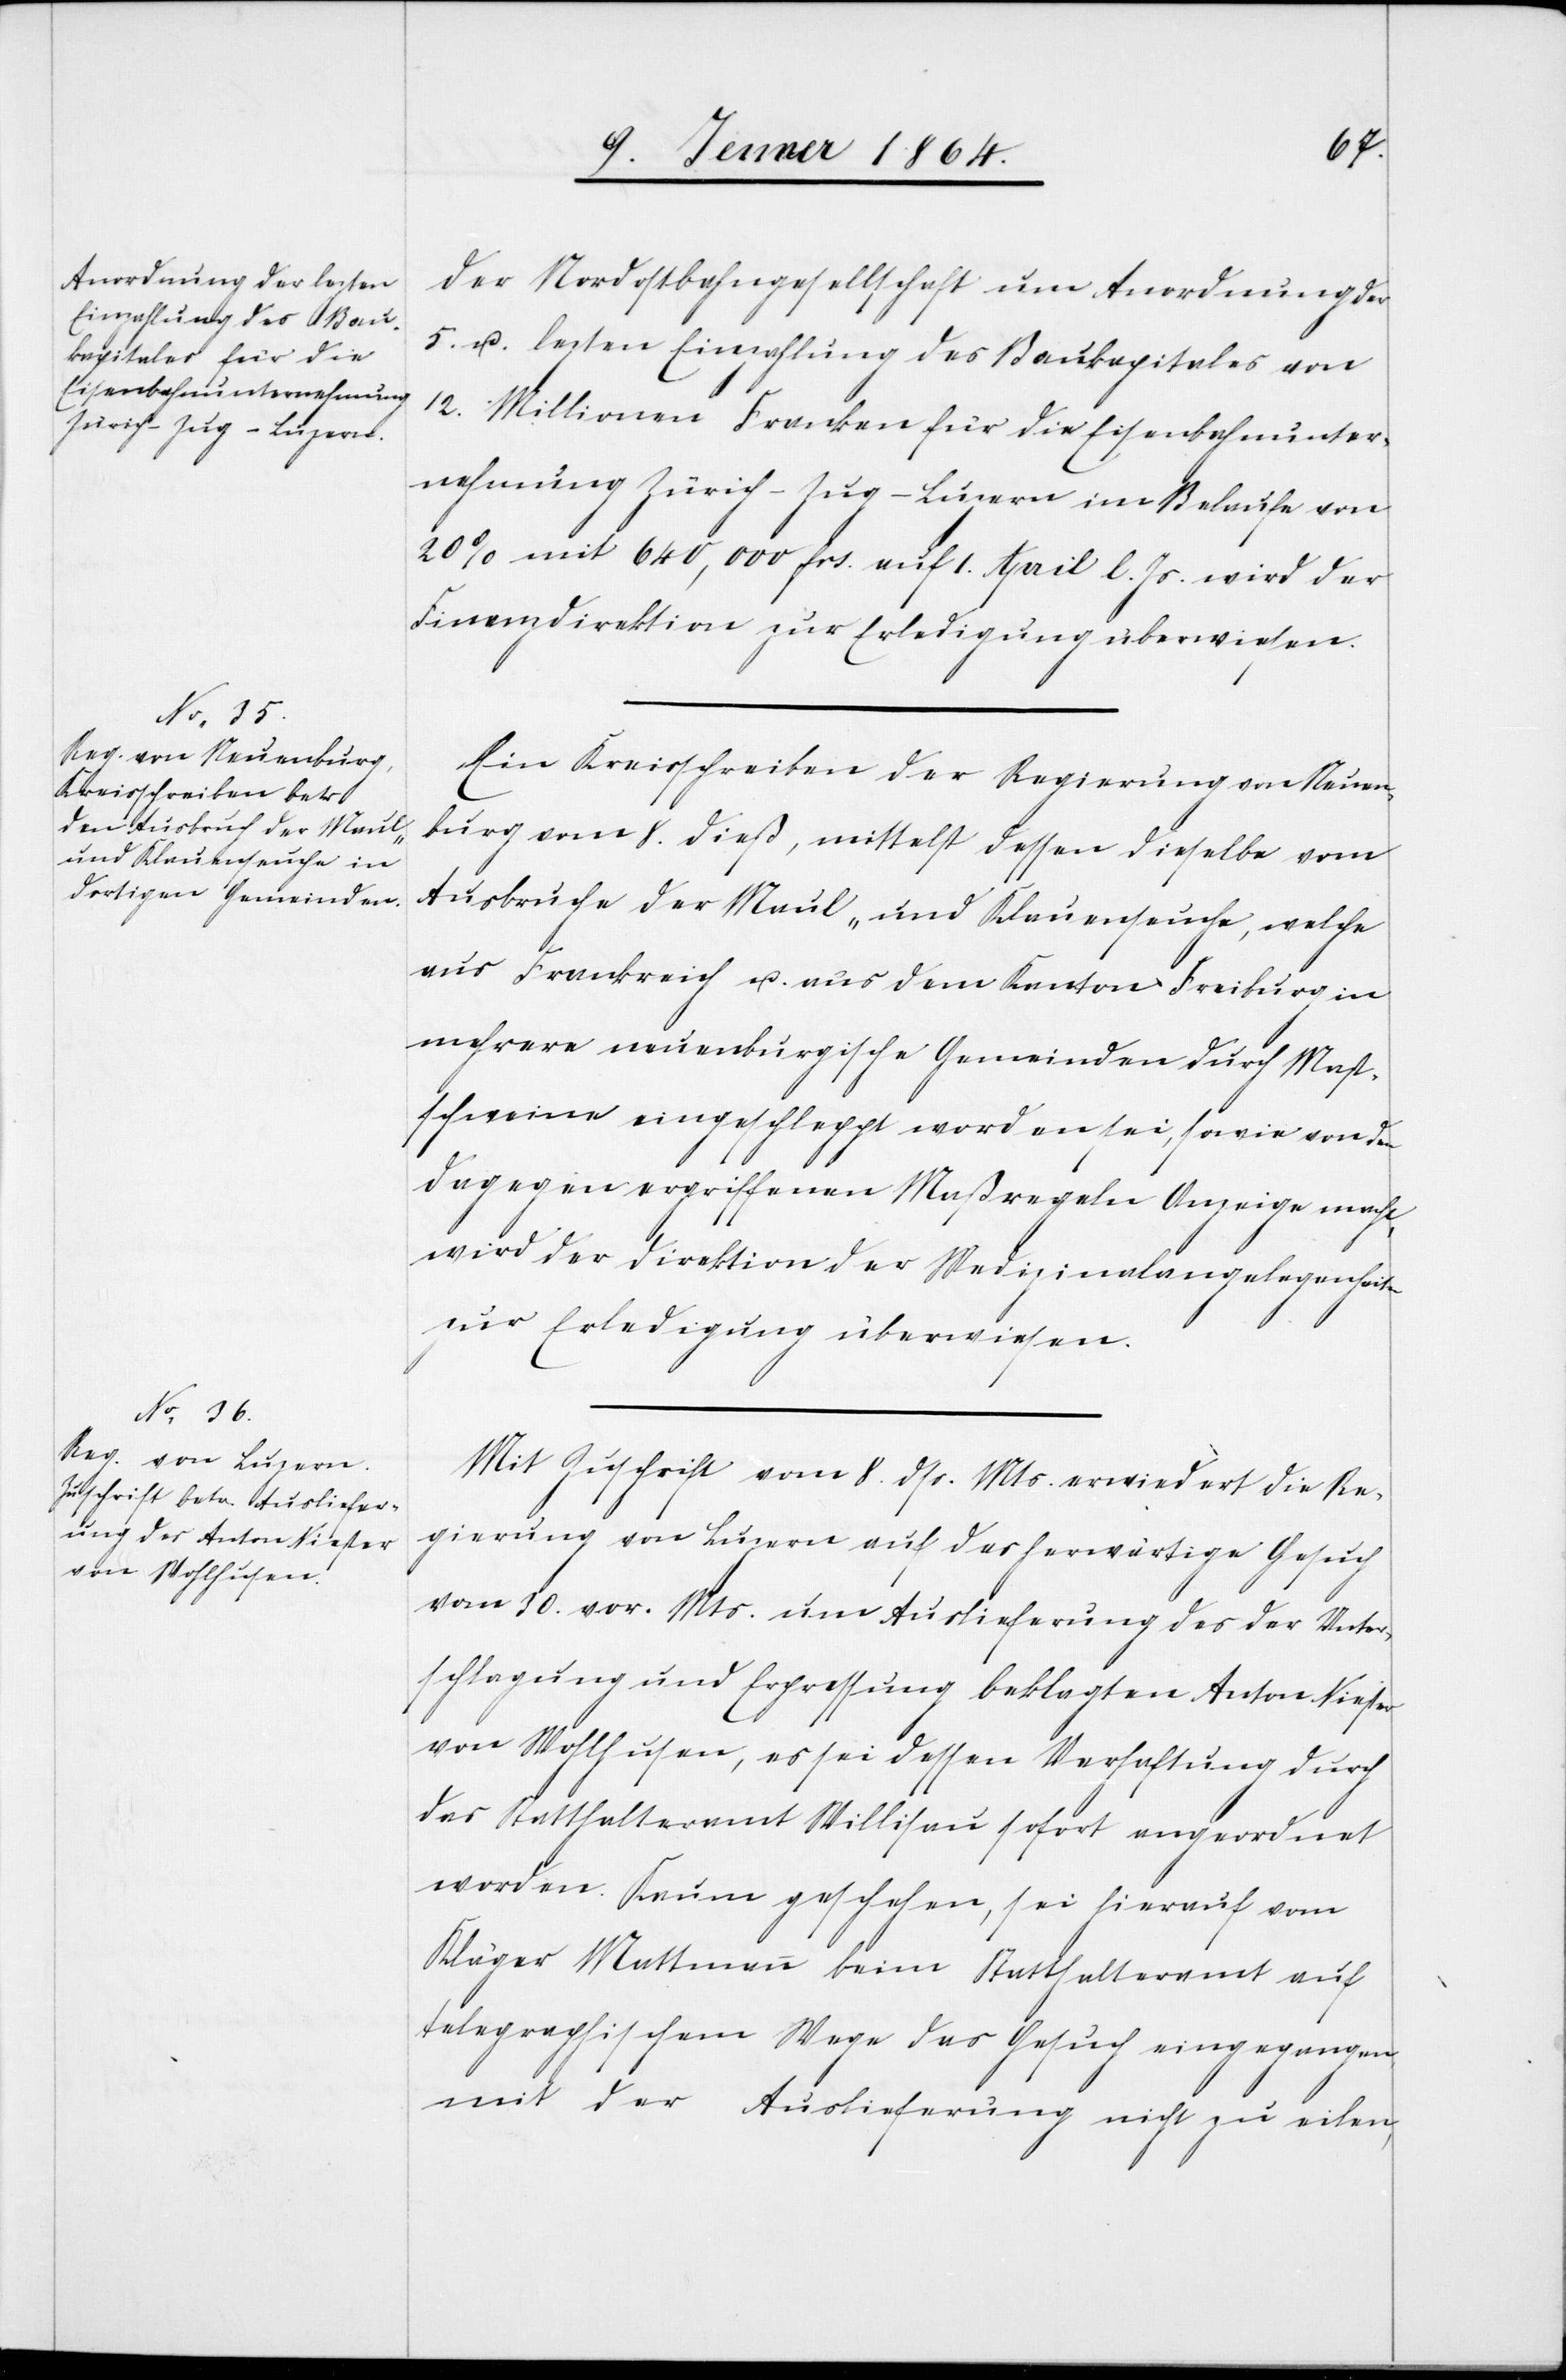
11. Jenner 1864.]
der Nordostbahngesellschaft um Anordnung der
5. u. lezten Einzahlung des Baukapitales von
12. Millionen Franken für die Eisenbahnunter¬
nehmung Zürich–Zug–Luzern im Belaufe von
20% mit 640,000 frs. auf 1. April l. Js. wird der
Finanzdirektion zur Erledigung überwiesen.
Ein Kreisschreiben der Regierung von Neuen¬
burg vom 8. dieß, mittelst dessen dieselbe vom
Ausbruche der Maul- und Klauenseuche, welche
aus Frankreich u. aus dem Kanton Freiburg in
mehrere neuenburgische Gemeinden durch Mast¬
schweine eingeschleppt worden sei, sowie von den
dagegen ergriffenen Maßregeln Anzeige macht,
wird der Direktion der Medizinalangelegenheiten
zur Erledigung überwiesen.
Mit Zuschrift vom 8. dss. Mts. erwiedert die Re¬
gierung von Luzern auf das herwärtige Gesuch
vom 30. vor. Mts um Auslieferung des der Unter¬
schlagung und Erpressung beklagten Anton Niesper
von Wohlhusen, es sei dessen Verhaftung durch
das Statthalteramt Willisau sofort angeordnet
worden. Kaum geschehen, sei hierauf vom
Kläger Mattmann beim Statthalteramt auf
telegraphischem Wege das Gesuch eingegangen,
mit der Auslieferung nicht zu eilen,